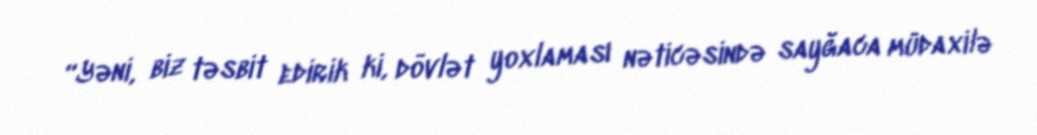
“Yəni, biz təsbit edirik ki, dövlət yoxlaması nəticəsində sayğaca müdaxilə